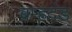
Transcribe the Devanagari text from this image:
ब्रम्हदंड